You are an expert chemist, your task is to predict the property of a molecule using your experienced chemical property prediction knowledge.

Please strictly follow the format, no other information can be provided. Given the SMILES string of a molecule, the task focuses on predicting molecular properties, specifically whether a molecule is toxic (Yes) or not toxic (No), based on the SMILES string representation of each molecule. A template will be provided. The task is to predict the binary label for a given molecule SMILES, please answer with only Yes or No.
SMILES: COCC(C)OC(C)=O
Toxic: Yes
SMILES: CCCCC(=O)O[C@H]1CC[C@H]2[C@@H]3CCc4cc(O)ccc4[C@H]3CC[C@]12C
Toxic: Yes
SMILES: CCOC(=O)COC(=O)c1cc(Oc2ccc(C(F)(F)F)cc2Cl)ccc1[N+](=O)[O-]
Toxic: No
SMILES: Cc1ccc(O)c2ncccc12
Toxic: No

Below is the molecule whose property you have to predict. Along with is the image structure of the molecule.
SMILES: CCOc1nc2cccc(C(=O)OC(C)OC(=O)OC3CCCCC3)c2n1Cc1ccc(-c2ccccc2-c2nnn[nH]2)cc1
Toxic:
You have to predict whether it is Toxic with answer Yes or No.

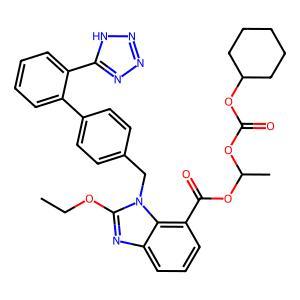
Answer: No